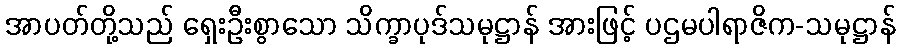
အာပတ်တို့သည် ရှေးဦးစွာသော သိက္ခာပုဒ်သမုဋ္ဌာန် အားဖြင့် ပဌမပါရာဇိက-သမုဋ္ဌာန်